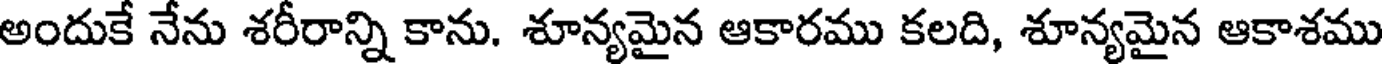
అందుకే నేను శరీరాన్ని కాను. శూన్యమైన ఆకారము కలది, శూన్యమైన ఆకాశము